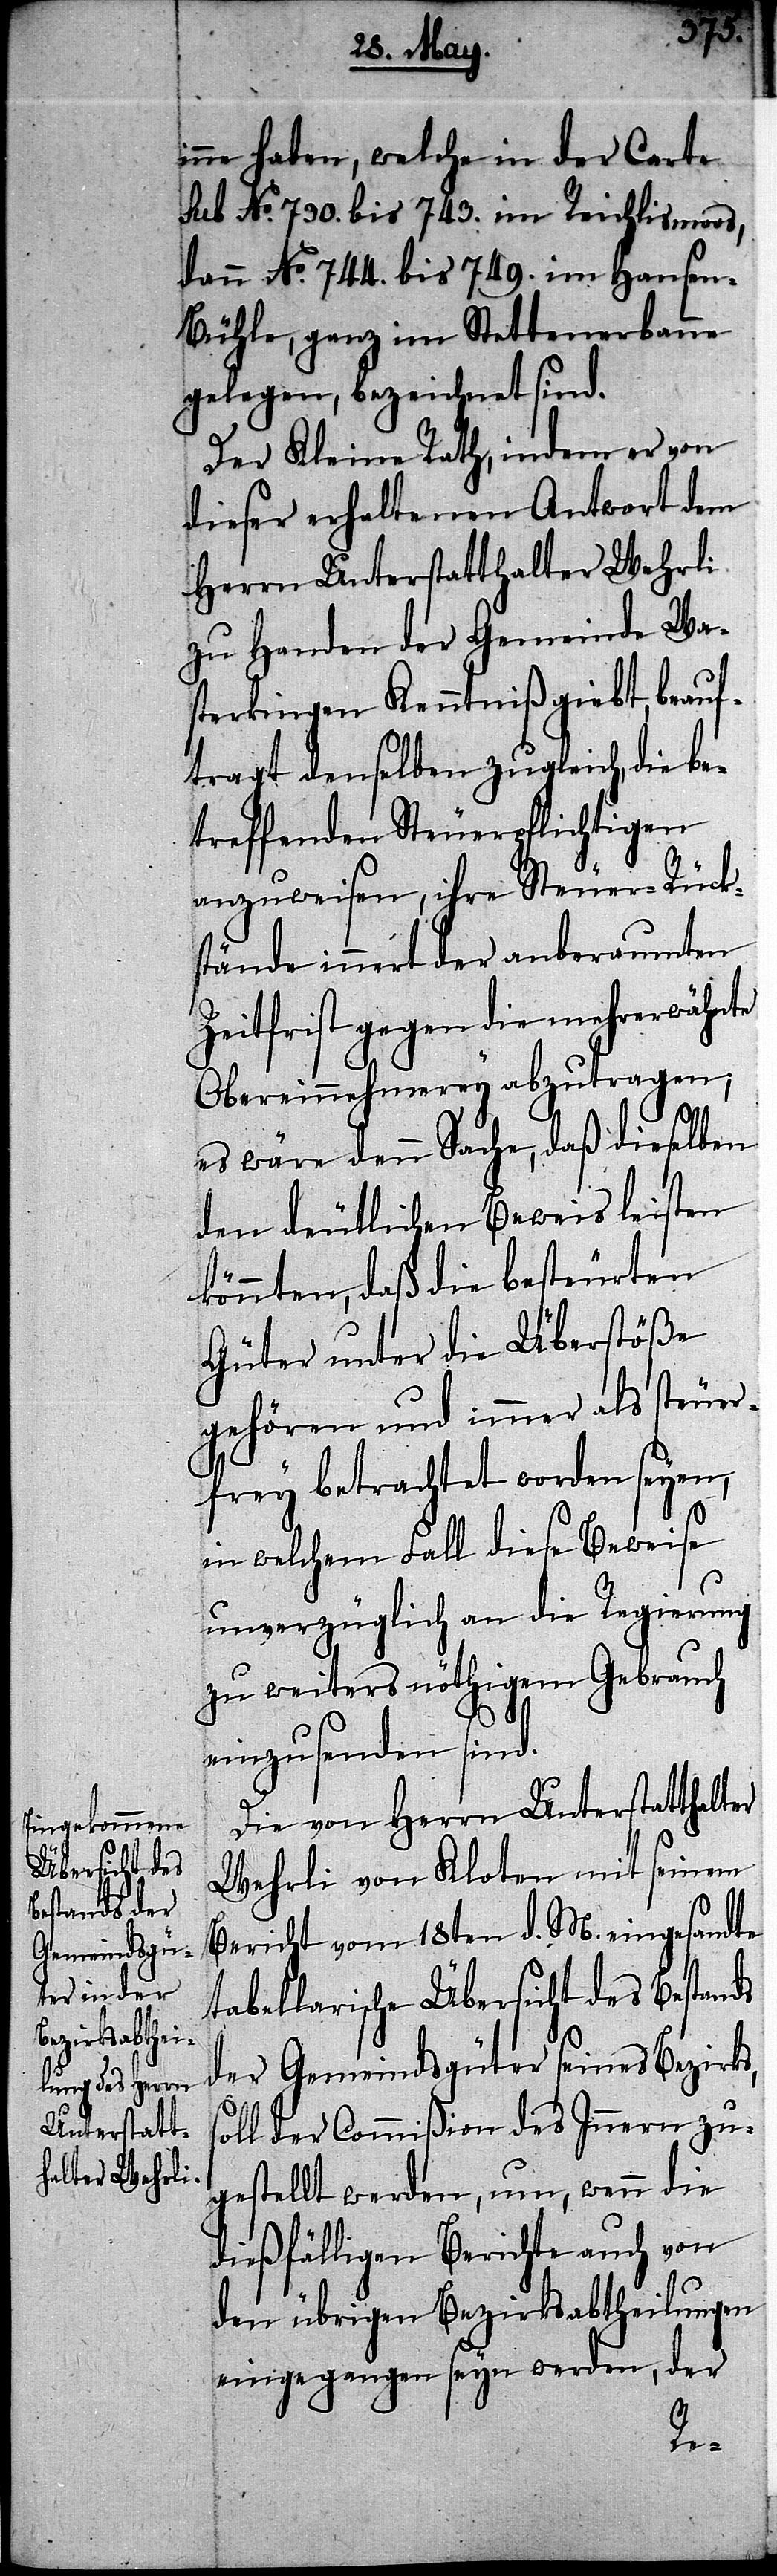
inne haben, welche in der Carte
sub No. 730. bis 743. im Reichlismoos,
dann No. 744. bis 749. im Hanse¬
n-Bühle, ganz im Stettenerbanne
gelegen, bezeichnet sind.
Der Kleine Rath, indem er von
dieser erhaltenen Antwort dem
Herrn Unterstatthalter Wehrli
zu Handen der Gemeinde Wa¬
sterkingen Kenntniß giebt, beauf¬
tragt denselben zugleich, die b¬
etreffenden Steuerpflichtigen
anzuweisen, ihre Steuer-Rück¬
stände innert der anberaumten
Zeitfrist gegen die mehrerwähnte
Obereinnehmerey abzutragen;
es wäre denn Sache, daß dieselben
den deutlichen Beweis leisten
könnten, daß die besteurten
Güter unter die Überstöße
gehören und immer als steuer¬
frey betrachtet worden seyen,
in welchem Fall diese Beweise
unverzüglich an die Regierung
zu weiters nöthigem Gebrauch
einzusenden sind.
Die von Herrn Unterstatthalter
Wehrli von Kloten mit seinem
Bericht vom 18ten d. M. eingesandte
tabellarische Übersicht des Bestands
der Gemeindsgüter seines Bezirks,
ll der Commißion des Innern zu¬
gestellt werden, um, wenn die
dießfälligen Berichte auch von
den übrigen Bezirksabtheilungen
eingegangen seyn werden, der
so¬